Indian journal of veterinary science and animal husbandry - Volume 5,
Year: 1935
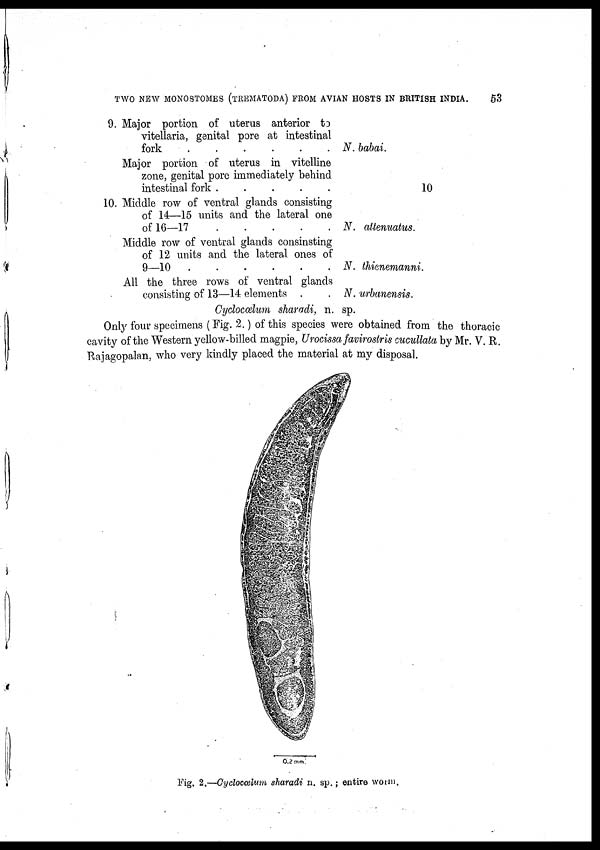
TWO NEW MONOSTOMES (TREMATODA) FROM AVIAN HOSTS IN BRITISH INDIA.
53
9.
10.
Major portion of uterus anterior to
vitellaria, genital pore at intestinal
fork
.
.
.
.
.
.
Major portion of uterus in vitelline
zone, genital pore immediately behind
intestinal fork .
.
.
.
.
Middle row of ventral glands consisting
of 14—15 units and the lateral one
of 16—17 . . . . .
Middle row of ventral glands consinsting
of 12 units and the lateral ones of
9—10
.
.
.
.
.
All the three rows of ventral glands
consisting of 13—14 elements . .
N.
N.
N.
N.
babai.
10
attenuatus.
thienemanni.
urbanensis.
Cyclocælum sharadi, n. sp.
Only four specimens (Fig. 2.) of this species were obtained from the thoracic
cavity of the Western yellow-billed magpie, Urocissa favirostris cucullata by Mr. V. R.
Rajagopalan, who very kindly placed the material at my disposal.
Fig. 2.—Cyclocœlum sharadi n. sp. ; entire worm.